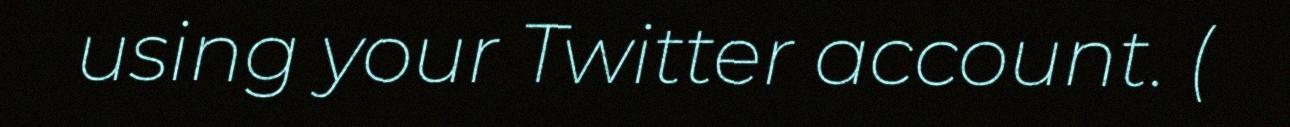
using your Twitter account. (